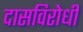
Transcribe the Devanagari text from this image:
दासविरोधी